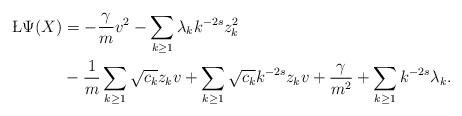
LaTeX: \begin{align*}\begin{aligned}\L\Psi(X)&=-\frac{\gamma}{m}v^2-\sum_{k\geq 1}\lambda_kk^{-2s}z_k^2\\& -\frac{1}{m}\sum_{k\geq 1}\sqrt{c_k} z_kv+\sum_{k\geq 1}\sqrt{c_k}k^{-2s}z_kv+\frac{\gamma}{m^2}+\sum_{k\geq 1}k^{-2s}\lambda_k . \end{aligned}\end{align*}